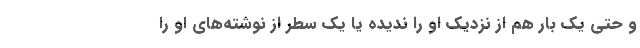
و حتی یک بار هم از نزدیک او را ندیده یا یک سطر از نوشته‌های او را